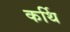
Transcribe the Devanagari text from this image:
कर्थि